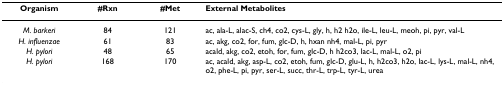
<table><thead><tr><td><b>Organism</b></td><td><b>#Rxn</b></td><td><b>#Met</b></td><td><b>External Metabolites</b></td></tr></thead><tbody><tr><td><i>M. barkeri</i></td><td>84</td><td>121</td><td>ac, ala-L, alac-S, ch4, co2, cys-L, gly, h, h2 h2o, ile-L, leu-L, meoh, pi, pyr, val-L</td></tr><tr><td><i>H. influenzae</i></td><td>61</td><td>83</td><td>ac, akg, co2, for, fum, glc-D, h, hxan nh4, mal-L, pi, pyr</td></tr><tr><td><i>H. pylori</i></td><td>48</td><td>65</td><td>acald, akg, co2, etoh, for, fum, glc-D, h h2co3, lac-L, mal-L, o2, pi</td></tr><tr><td><i>H. pylori</i></td><td>168</td><td>170</td><td>ac, acald, akg, asp-L, co2, etoh, fum, glc-D, glu-L, h, h2co3, h2o, lac-L, lys-L, mal-L, nh4, o2, phe-L, pi, pyr, ser-L, succ, thr-L, trp-L, tyr-L, urea</td></tr></tbody></table>